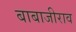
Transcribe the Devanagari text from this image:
बाबाजीराव